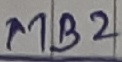
Text: MB2